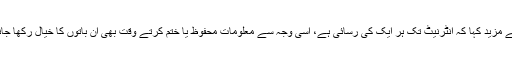
میزیئر نے مزید کہا کہ انٹرنیٹ تک ہر ایک کی رسائی ہے، اسی وجہ سے معلومات محفوظ یا ختم کرتے وقت بھی ان باتوں کا خیال رکھا جانا چاہیے۔